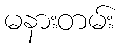
မနားတမ်း